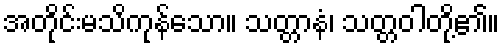
အတိုင်းမသိကုန်သော။ သတ္တာနံ၊ သတ္တဝါတို့၏။